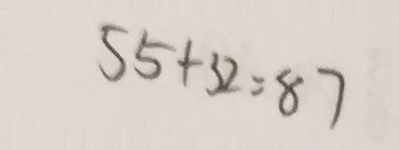
5 5 + 3 2 = 8 7